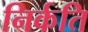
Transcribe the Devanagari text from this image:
निर्कति